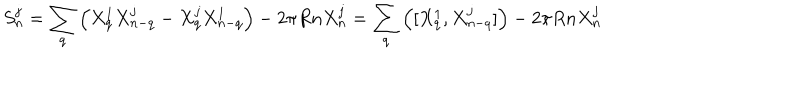
S _ { n } ^ { j } = \sum _ { q } \left( X _ { q } ^ { 1 } X _ { n - q } ^ { j } - X _ { q } ^ { j } X _ { n - q } ^ { 1 } \right) - 2 \pi R n X _ { n } ^ { j } = \sum _ { q } \left( [ X _ { q } ^ { 1 } , X _ { n - q } ^ { j } ] \right) - 2 \pi R n X _ { n } ^ { j }